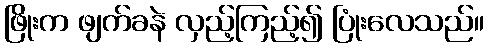
ဖြိုးက ဖျက်ခနဲ လှည့်ကြည့်၍ ပြုံးလေသည်။